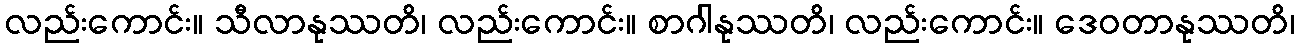
လည်းကောင်း။ သီလာနုဿတိ၊ လည်းကောင်း။ စာဂါနုဿတိ၊ လည်းကောင်း။ ဒေဝတာနုဿတိ၊